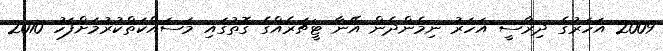
2009 އަހަރުގެ ދިރާސީ އަހަރު ނިމެންދެން އޭނާ ޓީޗަރެއްގެ ގޮތުގައި މަސައްކަތްކުރުމަށްފަހު 2010